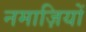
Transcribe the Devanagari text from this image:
नमाज़ियों